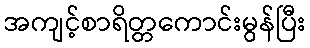
အကျင့်စာရိတ္တကောင်းမွန်ပြီး